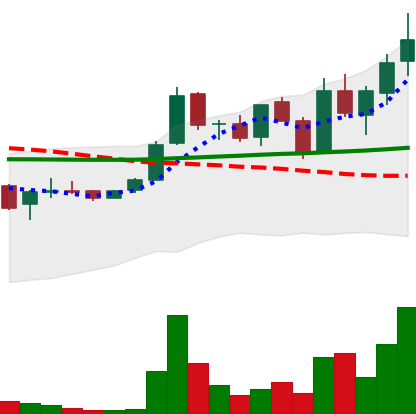
Ticker: LINK-USD
Chart end date: 2019-01-15
Forward return: -5.527%
Label: down_5_7